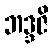
ဘဒ္ဒဇိ